Report on horse surra - Volume I
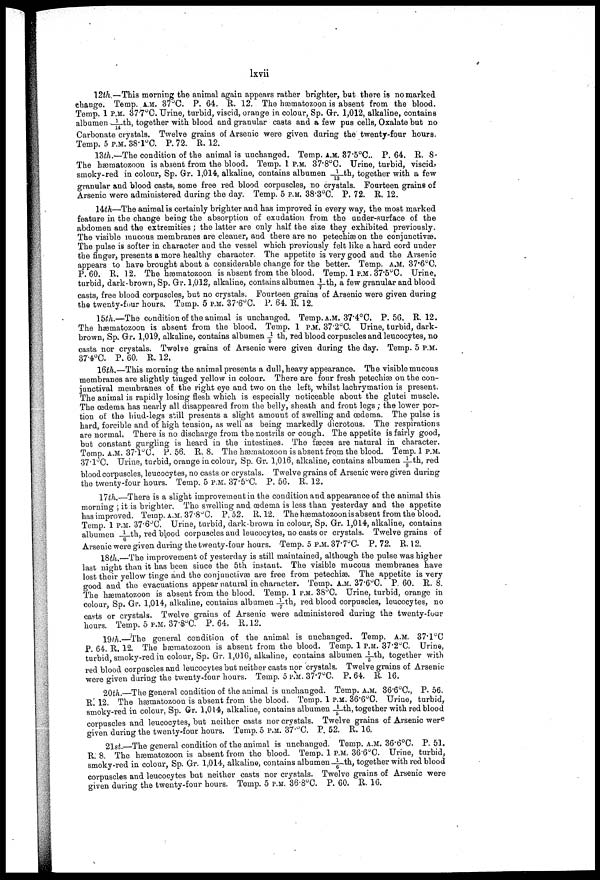
lxvii
12th.—This morning the animal again appears rather brighter, but there is no marked
change. Temp. A.M. 37°C. P. 64. R. 12. The hæmatozoon is absent from the blood.
Temp. 1 P.M. 37.7°C. Urine, turbid, viscid, orange in colour, Sp. Gr. 1,012, alkaline, contains
albumen 1/14th, together with blood and granular casts and a few pus cells, Oxalate but no
Carbonate crystals. Twelve grains of Arsenic were given during the twenty-four hours.
Temp. 5 P.M. 38.1°C. P. 72. R. 12.
13th.—The condition of the animal is unchanged. Temp. A.M. 87.5°C.. P. 64. R. 8.
The hæmatozoon is absent from the blood. Temp. 1 P.M. 37.8°C. Urine, turbid, viscid,
smoky-red in colour, Sp. Gr. 1,014, alkaline, contains albumen 1/13th, together with a few
granular and blood casts, some free red blood corpuscles, no crystals. Fourteen grains of
Arsenic were administered during the day. Temp. 5 P.M. 38 . 3°C. P. 72. R. 12.
14th—The animal is certainly brighter and has improved in every way, the most marked
feature in the change being the absorption of exudation from the under-surface of the
abdomen and the extremities ; the latter are only half the size they exhibited previously.
The visible raucous membranes are cleaner, and there are no petechias on the conjunctivae.
The pulse is softer in character and the vessel which previously felt like a hard cord under
the finger, presents a more healthy character. The appetite is very good and the Arsenic
appears to have brought about a considerable change for the better. Temp. A.M. 37.6°C.
P. 60. R. 12. The hæmatozoon is absent from the blood. Temp. 1 P.M. 37.5°C. Urine,
turbid, dark-brown, Sp. Gr. 1,012, alkaline, contains albumen 1/7th, a few granular and blood
casts, free blood corpuscles, but no crystals. Fourteen grains of Arsenic were given during
the twenty-four hours. Temp. 5 P.M. 37.6°C. P. 64. R. 12.
15th.—The condition of the animal is unchanged. Temp. A.M. 37.4°C. P. 56. R. 12.
The hæmatozoon is absent from the blood. Temp. 1 P.M. 37.2°C. Urine, turbid, dark-
brown, Sp. Gr. 1,019, alkaline, contains albumen 1/5 th, red blood corpuscles and leucocytes, no
casts nor crystals. Twelve grains of Arsenic were given during the day. Temp. 5 P.M.
37.4°C. P. 60. R. 12.
16th.—This morning the animal presents a dull, heavy appearance. The visible mucous
membranes are slightly tinged yellow in colour. There are four fresh petechias on the con
junctival membranes of the right eye and two on the left, whilst lachrymation is present.
The animal is rapidly losing flesh which is especially noticeable about the glutei muscle.
The œdema has nearly all disappeared from the belly, sheath and front legs ; the lower por
tion of the hind-legs still presents a slight amount of swelling and œdema. The pulse is
hard, forcible and of high tension, as well as being markedly dicrotous. The respirations
are normal. There is no discharge from the nostrils or cough. The appetite is fairly good,
but constant gurgling is heard in the intestines. The fæces are natural in character.
Temp. A.M. 37.1°C. P. 56. R. 8. The hæmatozoon is absent from the blood. Temp. 1 P.M.
37.1°C. Urine, turbid, orange in colour, Sp. Gr. 1,016, alkaline, contains albumen ⅛ th, red
blood corpuscles, leucocytes, no casts or crystals. Twelve grains of Arsenic were given during
the twenty-four hours. Temp. 5 P.M. 37.5°C. P. 56. R. 12.
17th.—There is a slight improvement in the condition and appearance of the animal this
morning ; it is brighter. The swelling and œdema is less than yesterday and the appetite
has improved. Temp. A.M. 37.8°C. P. 52. R. 12. The hæmatozoon is absent from the blood.
Temp. 1 P.M. 37.6°C. Urine, turbid, dark-brown in colour, Sp. Gr. 1,014, alkaline, contains
albumen 1/6th, red bipod corpuscles and leucocytes, no casts or crystals. Twelve grains of
Arsenic were given during the twenty-four hours. Temp. 5 P.M. 37.7°C. P. 72. R. 12.
18th.—The improvement of yesterday is still maintained, although the pulse was higher
last night than it has been since the 5th instant. The visible mucous membranes have
lost their yellow tinge and the conjunctivas are free from petechias. The appetite is very
good and the evacuations appear natural in character. Temp. A.M. 37.6°C. P. 60. R. 8.
The hæmatozoon is absent from the blood. Temp. 1 P.M. 38°C. Urine, turbid, orange in
colour, Sp. Gr. 1,014, alkaline, contains albumen 1/7th, red blood corpuscles, leucocytes, no
casts or crystals. Twelve grains of Arsenic were administered during the twenty-four
hours. Temp. 5 P.M. 37.8°C. P. 64, R.12.
19th._The general condition of the animal is unchanged. Temp. A.M. 37.1°C
P. 64. R. 12. The hæmatozoon is absent from the blood. Temp. 1 P.M. 37.2°C. Urine,
turbid, smoky-red in colour, Sp. Gr. 1,016, alkaline, contains albumen 1/5th, together with
red blood corpuscles and leucocytes but neither casts nor crystals. Twelve grains of Arsenic
were given during the twenty-four hours. Temp. 5 P.M. 37.7°C. P. 64. R. 16.
20th.—The general condition of the animal is unchanged. Temp. A.M. 36.6°G, P. 56.
R. 12. The hæmatozoon is absent from the blood. Temp. 1 P.M. 36.6°C. Urine, turbid,
smoky-red in colour, Sp. Gr. 1,014, alkaline, contains albumen 1/5th, together with red blood
corpuscles and leucocytes, but neither casts nor crystals. Twelve grains of Arsenic were
given during the twenty-four hours. Temp. 5 P.M. 37.°C. P. 52. R. 16.
2lst.—The general condition of the animal is unchanged. Temp. A.M. 36.6°C. P. 51.
R. 8. The hæmatozoon is absent from the blood. Temp. 1 P.M. 36.6°C. Urine, turbid,
smoky-red in colour, Sp. Gr. 1,014, alkaline, contains albumen 1/6th, together with red blood
corpuscles and leucocytes but neither casts nor crystals. Twelve grains of Arsenic were
given during the twenty-four hours. Temp. 5 P.M. 36.8°C. P. 60. R. 16.